Lunatic asylums Punjab 1868-1880 - 1868-1880
Year: 1868
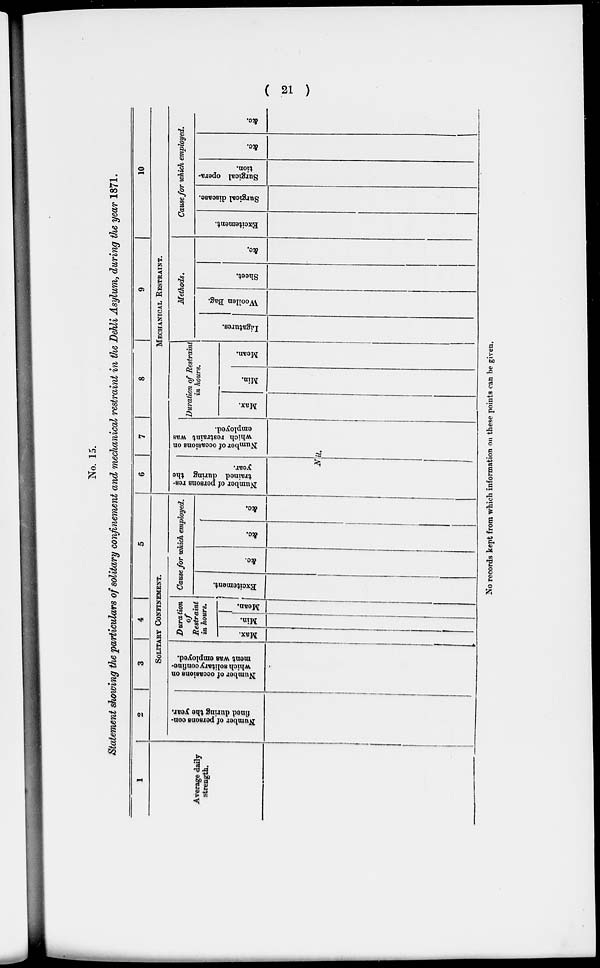
( 21 )
No. 15.
Statement showing the particulars of solitary confinement and mechanical restraint in the Dehli Asylum, during the year 1871.
1
Average daily
strength.
2
3
4
SOLITARY CONFINEMENT.
Number of persons con-
fined during the year.
Number of occasions on
which solitary confine-
ment was employed.
Duration
of
Restraint
in hours.
Max.
Min.
|
Mean.
Cause for which employed.
Excitement.
&c.
&c.
&c.
6
7
8
9
10
MECHANICAL RESTRAINT.
Number of persons res-
trained during the
year.
Number of occasions on
which restraint was
employed.
Nil.
Duration of Restraint
in hours.
Max.
Mi n.
Me a n.
Methods.
Ligatures.
Woollen Bag.
Sheet.
&c.
Cause for which employed.
Excitement.
Surgical disease.
Surgical opera-
tion.
&c.
&c.
No records kept from which information on these points can be given.